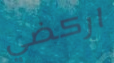
اركضي